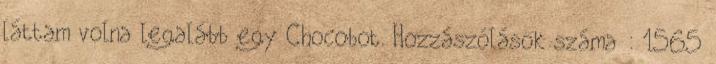
láttam volna legalább egy Chocobot. Hozzászólások száma : 1565